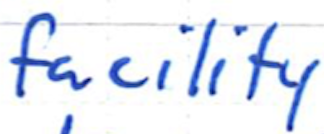
Text: facility
Cross-out: clean
Writing tool: ballpoint